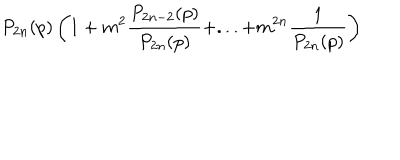
LaTeX: P _ { 2 n } ( p ) \left( 1 + m ^ { 2 } \frac { P _ { 2 n - 2 } ( p ) } { P _ { 2 n } ( p ) } + . . . + m ^ { 2 n } \frac { 1 } { P _ { 2 n } ( p ) } \right)